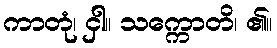
ကာတုံ၊ ငှါ။ သက္ကောတိ၊ ၏။